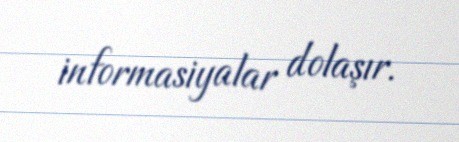
informasiyalar dolaşır.